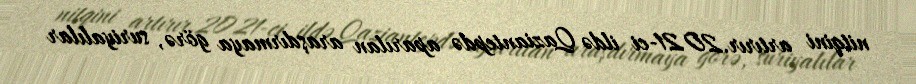
nitqini artırır.2021-ci ildə Qaziantepdə aparılan araşdırmaya görə, suriyalılar